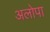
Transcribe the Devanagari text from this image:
अलोपा